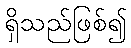
ရှိသည်ဖြစ်၍